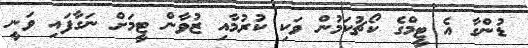
ޑުންގާ އެ ޓީމްގެ ކޯޗުކަމުން ވަކި ކުރުމާއި ޒުވާން ޓީމަށް ނަގާފައި ވަނީ